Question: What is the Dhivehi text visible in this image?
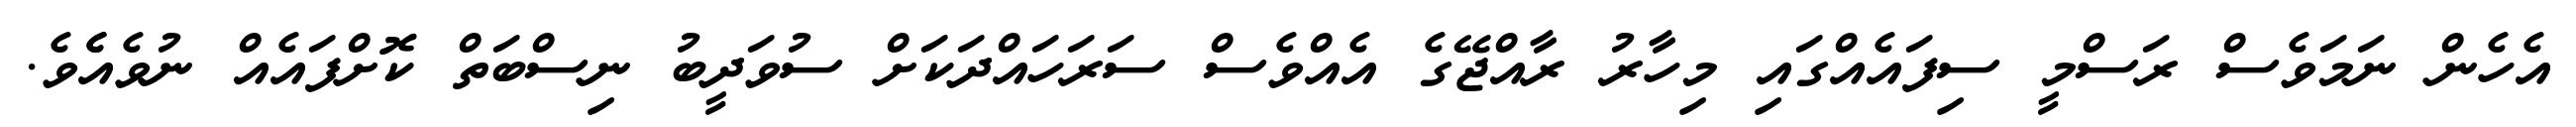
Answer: އެހެން ނަމަވެސް ރަސްމީ ސިފައެއްގައި މިހާރު ރާއްޖޭގެ އެއްވެސް ސަރަހައްދަކަށް ސުވަދީބު ނިސްބަތް ކޮށްފައެއް ނުވެއެެވެ.